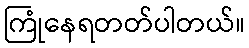
ကြုံနေရတတ်ပါတယ်။